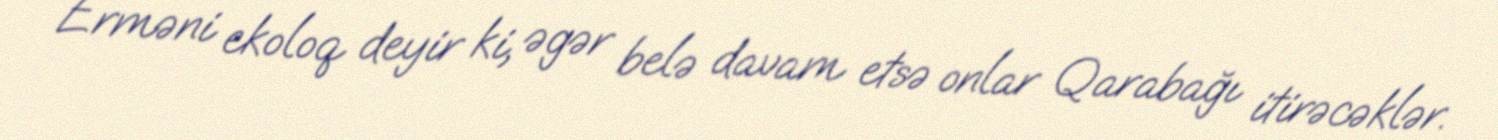
Erməni ekoloq deyir ki, əgər belə davam etsə onlar Qarabağı itirəcəklər.